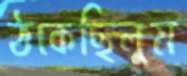
ঠকেছিলুম